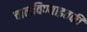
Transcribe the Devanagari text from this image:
चालविण्याइतकी